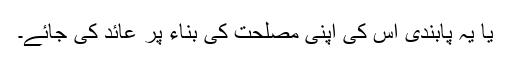
یا یہ پابندی اُس کی اپنی مصلحت کی بناء پر عائد کی جائے۔